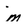
Character: m